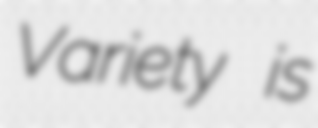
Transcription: Variety is